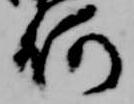
何